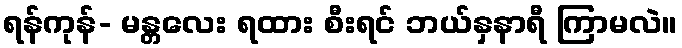
ရန်ကုန်- မန္တလေး ရထား စီးရင် ဘယ်နှနာရီ ကြာမလဲ။